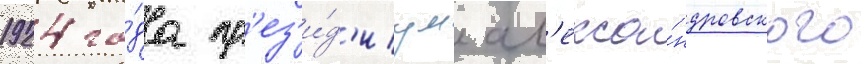
1924 го́да пр'ез'и́д'иум ал'екса́ндровского